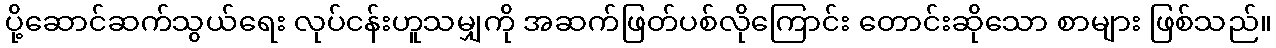
ပို့ဆောင်ဆက်သွယ်ရေး လုပ်ငန်းဟူသမျှကို အဆက်ဖြတ်ပစ်လိုကြောင်း တောင်းဆိုသော စာများ ဖြစ်သည်။